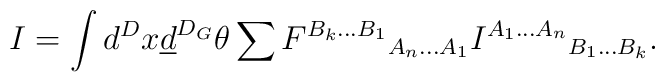
I=\int d^Dx\underline{d}^{D_G}\theta\sum {F^{B_k...B_1}}_{A_n...A_1}{I^{A_1...A_n}}_{B_1...B_k}.